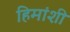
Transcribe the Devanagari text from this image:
हिमांशी